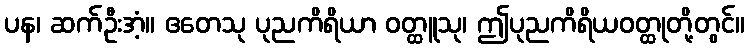
ပန၊ ဆက်ဦးအံ့။ ဧတေသု ပုညကိရိယာ ဝတ္ထူသု၊ ဤပုညကိရိယဝတ္ထုတို့တွင်။